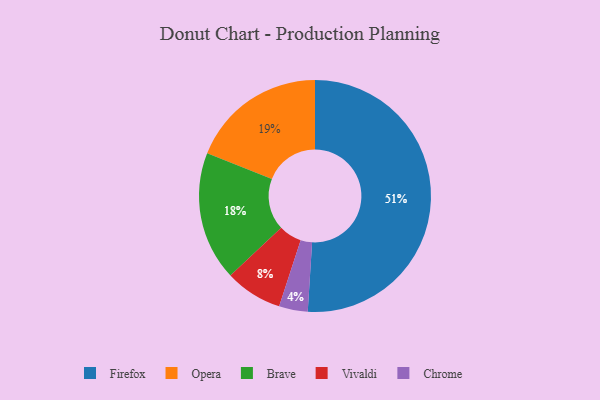
{"axis": {"x": "Category", "y": "Percentage"}, "legend": ["Brave", "Chrome", "Firefox", "Opera", "Vivaldi"], "data": [{"x": "Brave", "y": 18, "type": "Brave"}, {"x": "Firefox", "y": 51, "type": "Firefox"}, {"x": "Chrome", "y": 4, "type": "Chrome"}, {"x": "Opera", "y": 19, "type": "Opera"}, {"x": "Vivaldi", "y": 8, "type": "Vivaldi"}]}